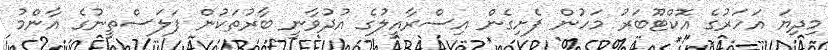
މިދިޔަ އަހަރުގެ އޮކްޓޫބަރު މަހުން ފެށިގެން އިސްރާއީލުގެ އުދުވާނީ ބާރުތަކުން ފަލަސްތީނުގެ އާންމު